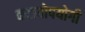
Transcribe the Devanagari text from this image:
कटावोपयोगी